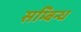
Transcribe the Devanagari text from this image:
सम्बिन्ध